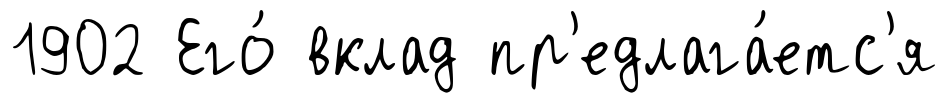
1902 Его́ вклад пр'едлага́етс'я